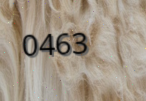
0463